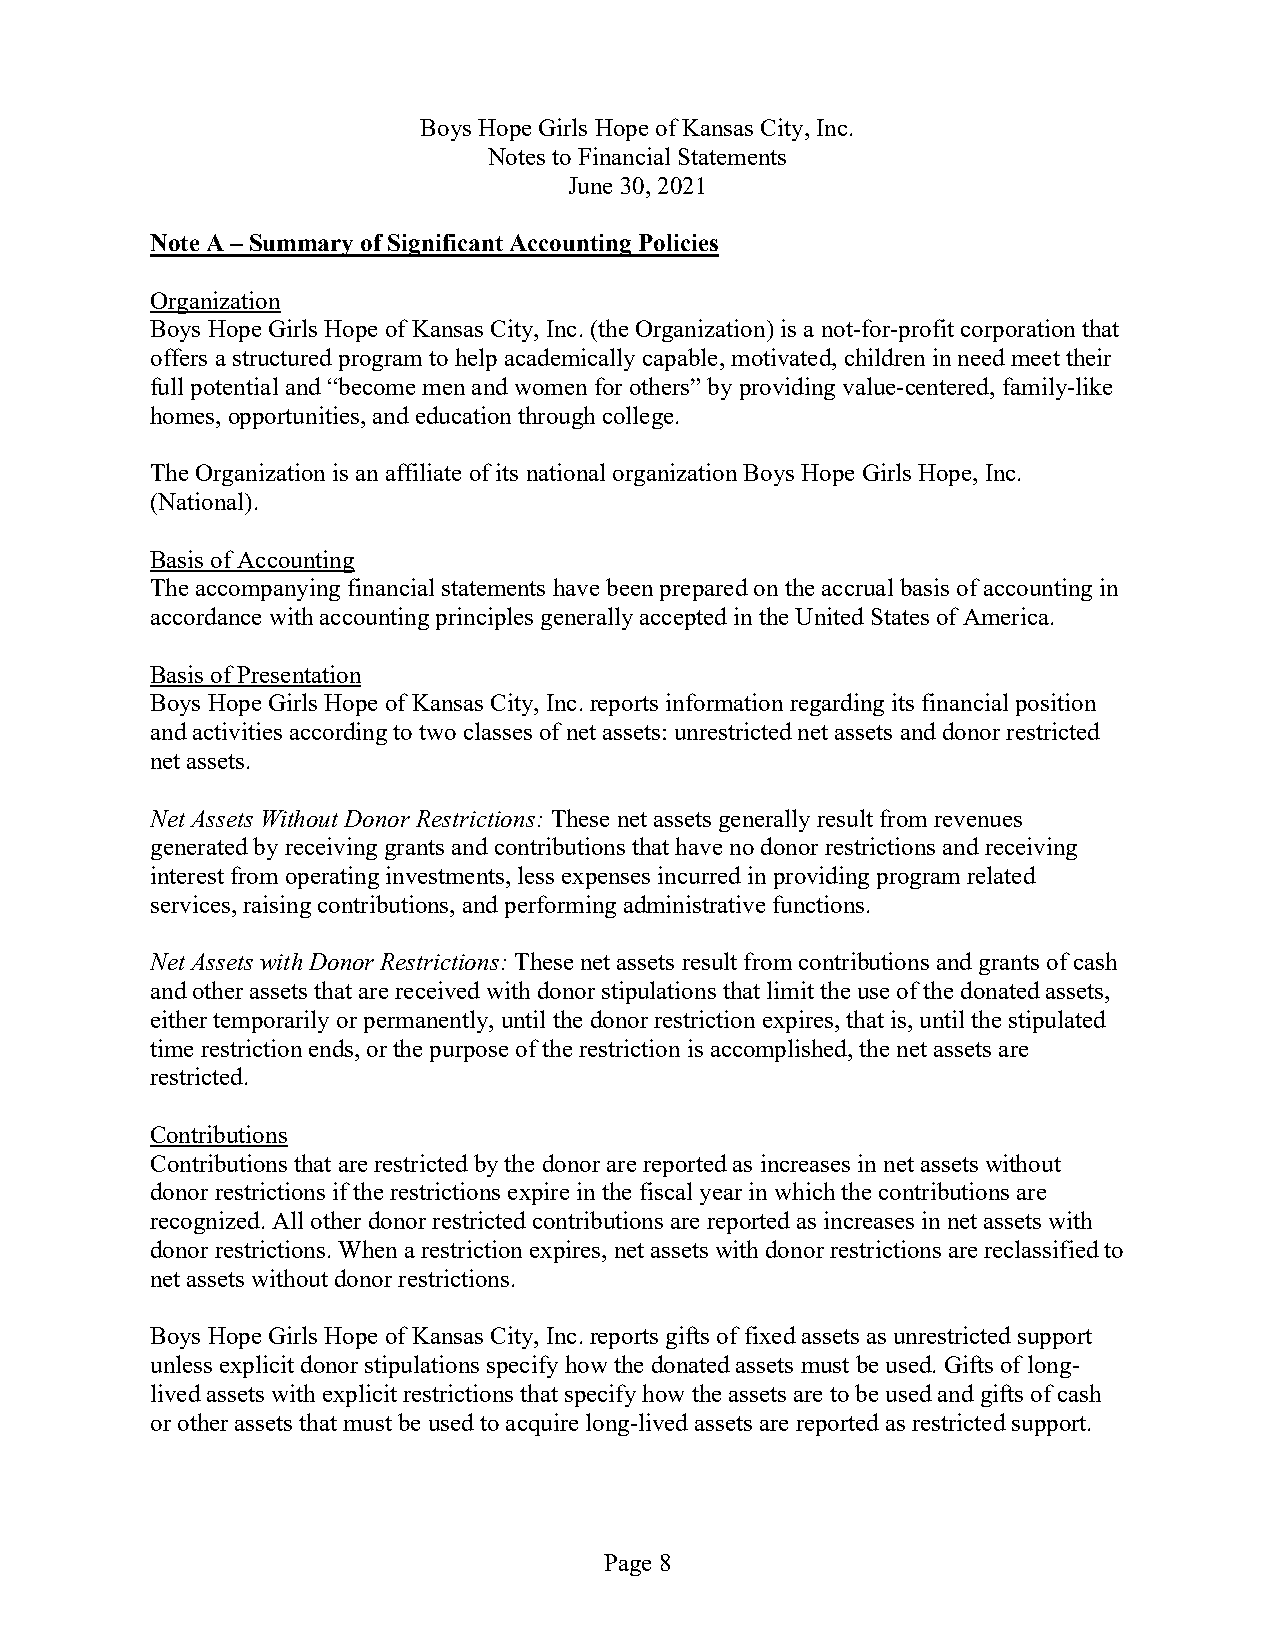
Boys Hope Girls Hope of Kansas City, Inc.
 Notes to Financial Statements
 June 30, 2021
 Note A –Summary of Significant Accounting Policies
 Organization
 Boys Hope Girls Hope of Kansas City, Inc.(the Organization)is a not-for-profit corporation that
 offers a structured program to help academically capable, motivated, children in need meet their
 full potential and “become men and women for others” by providing value-centered, family-like
 homes, opportunities,and education through college.
 The Organization is an affiliate of its national organization Boys Hope Girls Hope, Inc.
 (National).
 Basis of Accounting
 The accompanying financial statements have been prepared on the accrual basis of accounting in
 accordance with accounting principlesgenerally accepted in the United States of America.
 Basis of Presentation
 Boys Hope Girls Hope of Kansas City, Inc.reports information regarding its financial position
 and activities according to two classesof net assets: unrestricted net assets and donor restricted
 net assets.
 Net Assets Without Donor Restrictions:These net assets generally result from revenues
 generated by receiving grants and contributions that have no donor restrictions and receiving
 interest from operating investments, less expenses incurred in providing program related
 services, raising contributions, and performing administrative functions.
 Net Assets withDonor Restrictions:These net assets result from contributions and grants of cash
 and other assets that are received with donor stipulations that limit the use of the donated assets,
 either temporarily or permanently, until the donor restriction expires, that is, until the stipulated
 time restriction ends, or the purpose of the restriction is accomplished, the net assets are
 restricted.
 Contributions
 Contributions that are restricted by the donor are reported as increases in net assetswithout
 donor restrictions if the restrictions expire in the fiscal year in which the contributions are
 recognized. All other donor restricted contributions are reported as increases in net assets with
 donor restrictions. When a restriction expires, net assetswith donor restrictions are reclassified to
 net assets without donor restrictions.
 Boys Hope Girls Hope of Kansas City, Inc.reports gifts of fixed assets as unrestricted support
 unless explicit donor stipulations specify how the donated assets must be used. Gifts of long-
 lived assets with explicit restrictions that specify how the assets are to be used and gifts of cash
 or other assets that must be used toacquire long-lived assets are reported as restricted support.
 Page 8